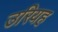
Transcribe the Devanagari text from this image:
उरियह